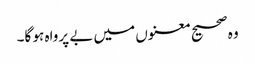
وہ صحیح معنوں میں‌ بے پرواہ ہو گا۔